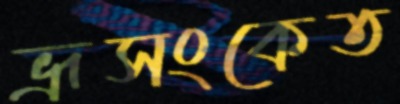
ভ্রূসংকেত